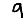
Digit: 9